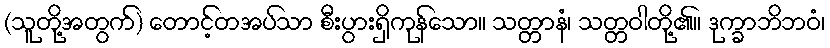
(သူတို့အတွက်) တောင့်တအပ်သာ စီးပွားရှိကုန်သော။ သတ္တာနံ၊ သတ္တဝါတို့၏။ ဒုက္ခာဘိဘဝံ၊